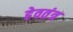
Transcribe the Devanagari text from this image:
हेवतंत्र